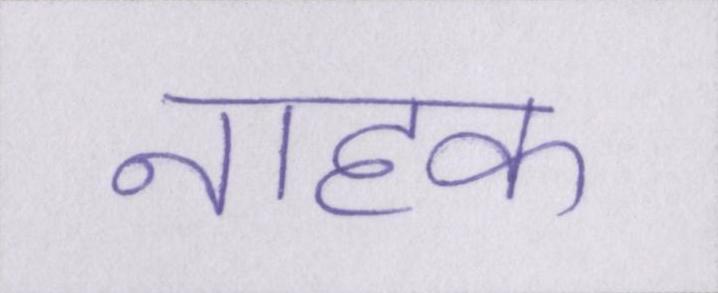
नाहक